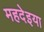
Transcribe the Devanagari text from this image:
महदेइया